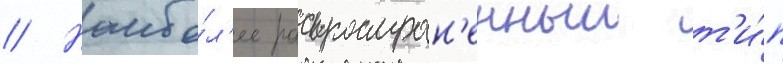
// Наибо́л'ее распростран'енныи т'и́п